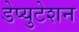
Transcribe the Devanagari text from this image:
डेप्युटेशन